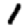
Digit: 1